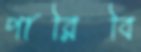
পারিবি